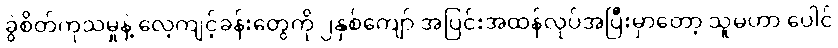
ခွဲစိတ်ကုသမှုနဲ့ လေ့ကျင့်ခန်းတွေကို ၂နှစ်ကျော် အပြင်းအထန်လုပ်အပြီးမှာတော့ သူမဟာ ပေါင်